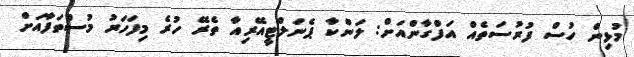
މުޅިން ހުސް ފުރުސަތެއް އަފްގާންއަށް: ލަންކާ ޕެނަލްޓީއޭރިއާ ތެރޭ ހުރެ މިފަހަރު މުސްތަފާއަށް